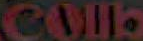
Colb